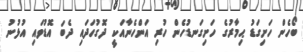
ބޯހެން ހަށިގަޑު ޙިމާރުގެ ހަށިގަނޑުހެން ހުރި އަންހެނާއަކީ ދޮގުހަދައި ދެބަ އޮޑުވައި އުޅުނު